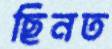
ছিনত